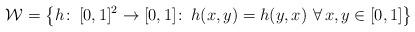
LaTeX: \begin{align*}\mathcal{W} = \bigl\{h\colon\, [0,1]^2 \to [0,1]\colon\,h(x,y) = h(y,x)\,\, \forall \, x,y \in [0,1] \bigr\}\end{align*}